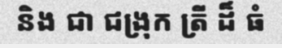
និង ជា ជង្រុក ត្រី ដ៏ ធំ